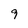
Character: 9